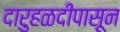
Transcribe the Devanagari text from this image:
दारुहळदीपासून